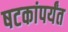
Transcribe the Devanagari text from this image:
षटकांपर्यंत